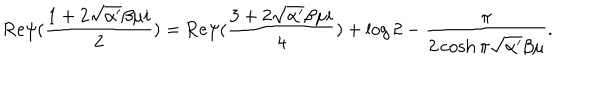
\mathrm { R e } \psi ( \frac { 1 + 2 \sqrt { \alpha ^ { \prime } } \beta \mu i } { 2 } ) = \mathrm { R e } \psi ( \frac { 3 + 2 \sqrt { \alpha ^ { \prime } } \beta \mu i } { 4 } ) + \log 2 - \frac { \pi } { 2 \cosh \pi \sqrt { \alpha ^ { \prime } } \beta \mu } .